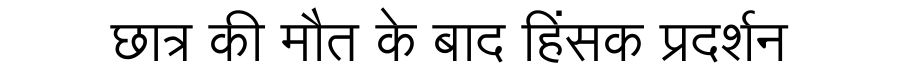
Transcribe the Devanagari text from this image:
छात्र की मौत के बाद हिंसक प्रदर्शन